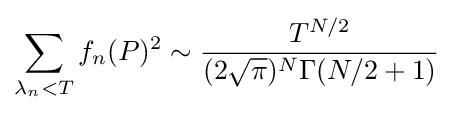
\sum _{\lambda _{n}<T}f_{n}(P)^{2}\sim {\frac {T^{N/2}}{(2{\sqrt {\pi }})^{N}\Gamma (N/2+1)}}